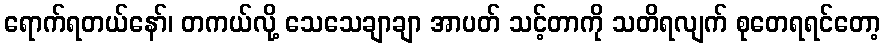
ရောက်ရတယ်နော်၊ တကယ်လို့ သေသေချာချာ အာပတ် သင့်တာကို သတိရလျက် စုတေရရင်တော့